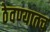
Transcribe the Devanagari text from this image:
ठेवण्यातच